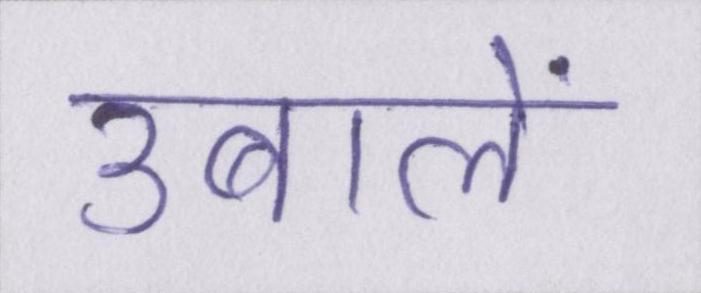
उबालें